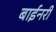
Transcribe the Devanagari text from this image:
बाईनरी